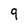
Character: 9